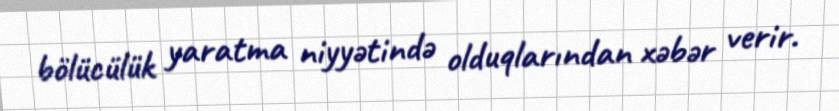
bölücülük yaratma niyyətində olduqlarından xəbər verir.